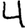
Digit: 4